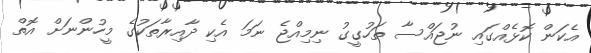
އެކަން ކޮޅެއްގައި ނުޖައްސާ ތަހުގީގު ނިމިއްޖެ ނަމަ އެކި ދާއިރާތަކުގެ މީހުންނަށް އޮތް